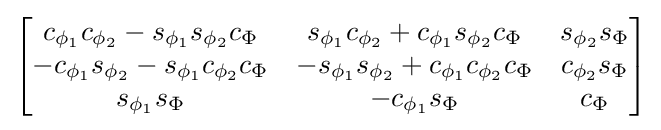
{\begin{bmatrix}c_{\phi _{1}}c_{\phi _{2}}-s_{\phi _{1}}s_{\phi _{2}}c_{\Phi }&s_{\phi _{1}}c_{\phi _{2}}+c_{\phi _{1}}s_{\phi _{2}}c_{\Phi }&s_{\phi _{2}}s_{\Phi }\\-c_{\phi _{1}}s_{\phi _{2}}-s_{\phi _{1}}c_{\phi _{2}}c_{\Phi }&-s_{\phi _{1}}s_{\phi _{2}}+c_{\phi _{1}}c_{\phi _{2}}c_{\Phi }&c_{\phi _{2}}s_{\Phi }\\s_{\phi _{1}}s_{\Phi }&-c_{\phi _{1}}s_{\Phi }&c_{\Phi }\end{bmatrix}}